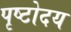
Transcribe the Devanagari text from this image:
पृष्टोदय